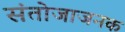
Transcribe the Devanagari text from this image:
संतोजाजनक